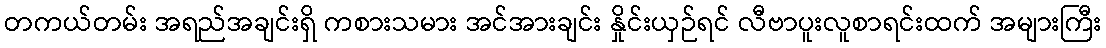
တကယ်တမ်း အရည်အချင်းရှိ ကစားသမား အင်အားချင်း နှိုင်းယှဉ်ရင် လီဗာပူးလူစာရင်းထက် အများကြီး